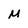
Character: M